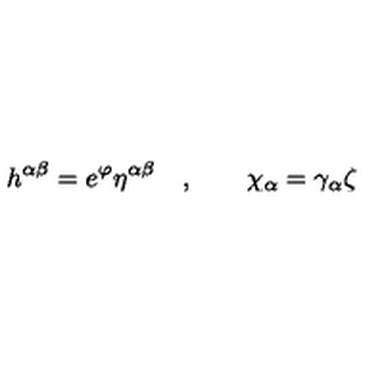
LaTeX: h ^ { \alpha \beta } = e ^ { \varphi } \eta ^ { \alpha \beta } \quad , \qquad \chi _ { \alpha } = \gamma _ { \alpha } \zeta